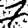
Digit: 7